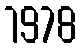
1978